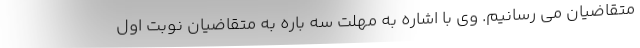
متقاضیان می رسانیم. وی با اشاره به مهلت سه باره به متقاضیان نوبت اول